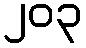
၂၀၃